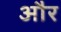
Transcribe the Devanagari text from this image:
और